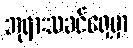
ဘုရားသခင်ရှေ့မှာ